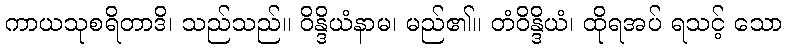
ကာယသုစရိတာဒိ၊ သည်သည်။ ဝိန္ဒိယံနာမ၊ မည်၏။ တံဝိန္ဒိယံ၊ ထိုရအပ် ရသင့် သော